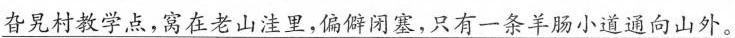
旮旯学点，离在老山洼里，偏僻闭塞，只有一条羊肠小道通向山外。